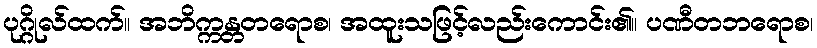
ပုဂ္ဂိုလ်ထက်။ အဘိက္ကန္တတရောစ၊ အထူးသဖြင့်လည်းကောင်း၏။ ပဏီတဘရောစ၊